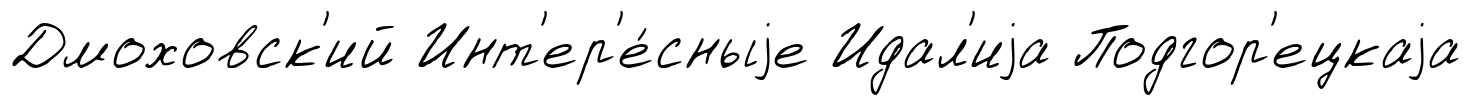
Дмоховск'ий Инт'ер'е́сныjе Идал'иjа Подгор'ецкаjа